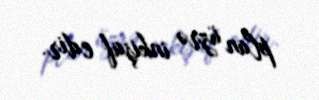
plan üzrə inkişaf edir.